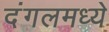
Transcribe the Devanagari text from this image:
दंगलमध्ये